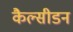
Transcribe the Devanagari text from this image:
कैल्सीडन